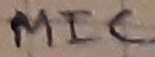
Text: MIC